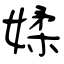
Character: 媃